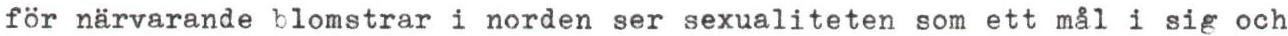
för närvarande blomstrar i norden ser sexualiteten som ett mål i sig och